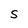
Character: S